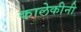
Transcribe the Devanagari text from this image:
कालेकीनी